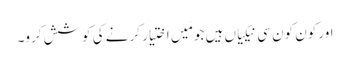
اور کون کون سی نیکیاں ہیں جو مَیں اختیار کرنے کی کوشش کرو۔